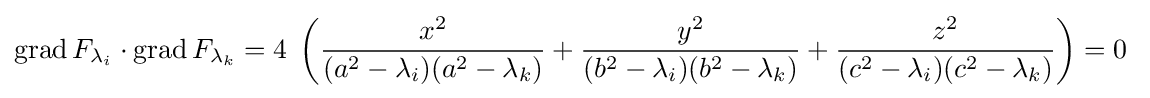
\operatorname {grad} F_{\lambda _{i}}\cdot \operatorname {grad} F_{\lambda _{k}}=4\;\left({\frac {x^{2}}{(a^{2}-\lambda _{i})(a^{2}-\lambda _{k})}}+{\frac {y^{2}}{(b^{2}-\lambda _{i})(b^{2}-\lambda _{k})}}+{\frac {z^{2}}{(c^{2}-\lambda _{i})(c^{2}-\lambda _{k})}}\right)=0\